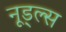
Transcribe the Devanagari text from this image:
नूड्ल्स